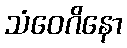
သံဝေဂိနော